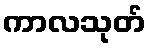
ကာလသုတ်